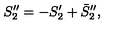
S _ { 2 } ^ { \prime \prime } = - S _ { 2 } ^ { \prime } + \bar { S } _ { 2 } ^ { \prime \prime } ,